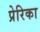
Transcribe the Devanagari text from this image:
प्रेरिका